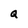
Character: Q